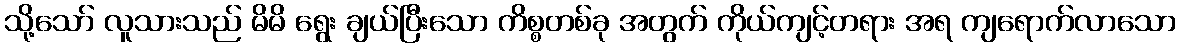
သို့သော် လူသားသည် မိမိ ရွေး ချယ်ပြီးသော ကိစ္စတစ်ခု အတွက် ကိုယ်ကျင့်တရား အရ ကျရောက်လာသော